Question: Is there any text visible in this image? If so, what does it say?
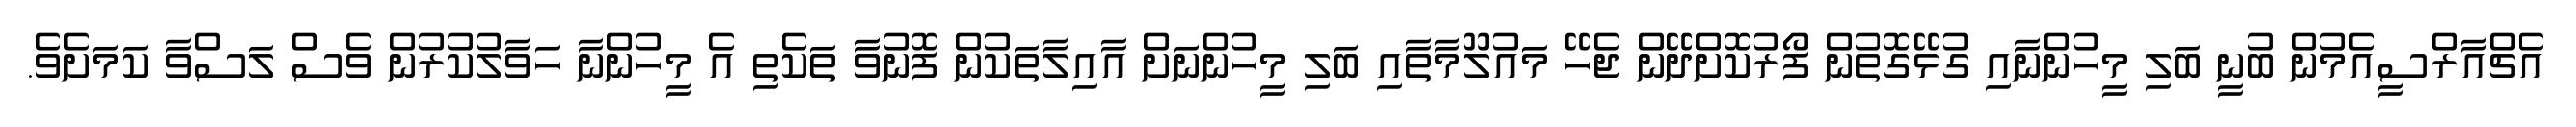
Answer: އެޗްއާރްސީއެމުން ބުނީ ބަލި މީހުންނާއި ގުޅޭގޮތުން ފޯރުކޮށްދޭން ޖެހޭ މައުލޫމާތާއި ބަލި މީހުންނަށް އާއިލާތަކުން ފޮނުވާ ތަކެތި އެ މީހުންނާ ހަވާލުކުރުން ވެސް ލަސްވާ ކަމަށެވެ.